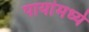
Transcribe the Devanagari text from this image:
पायांमध्ये